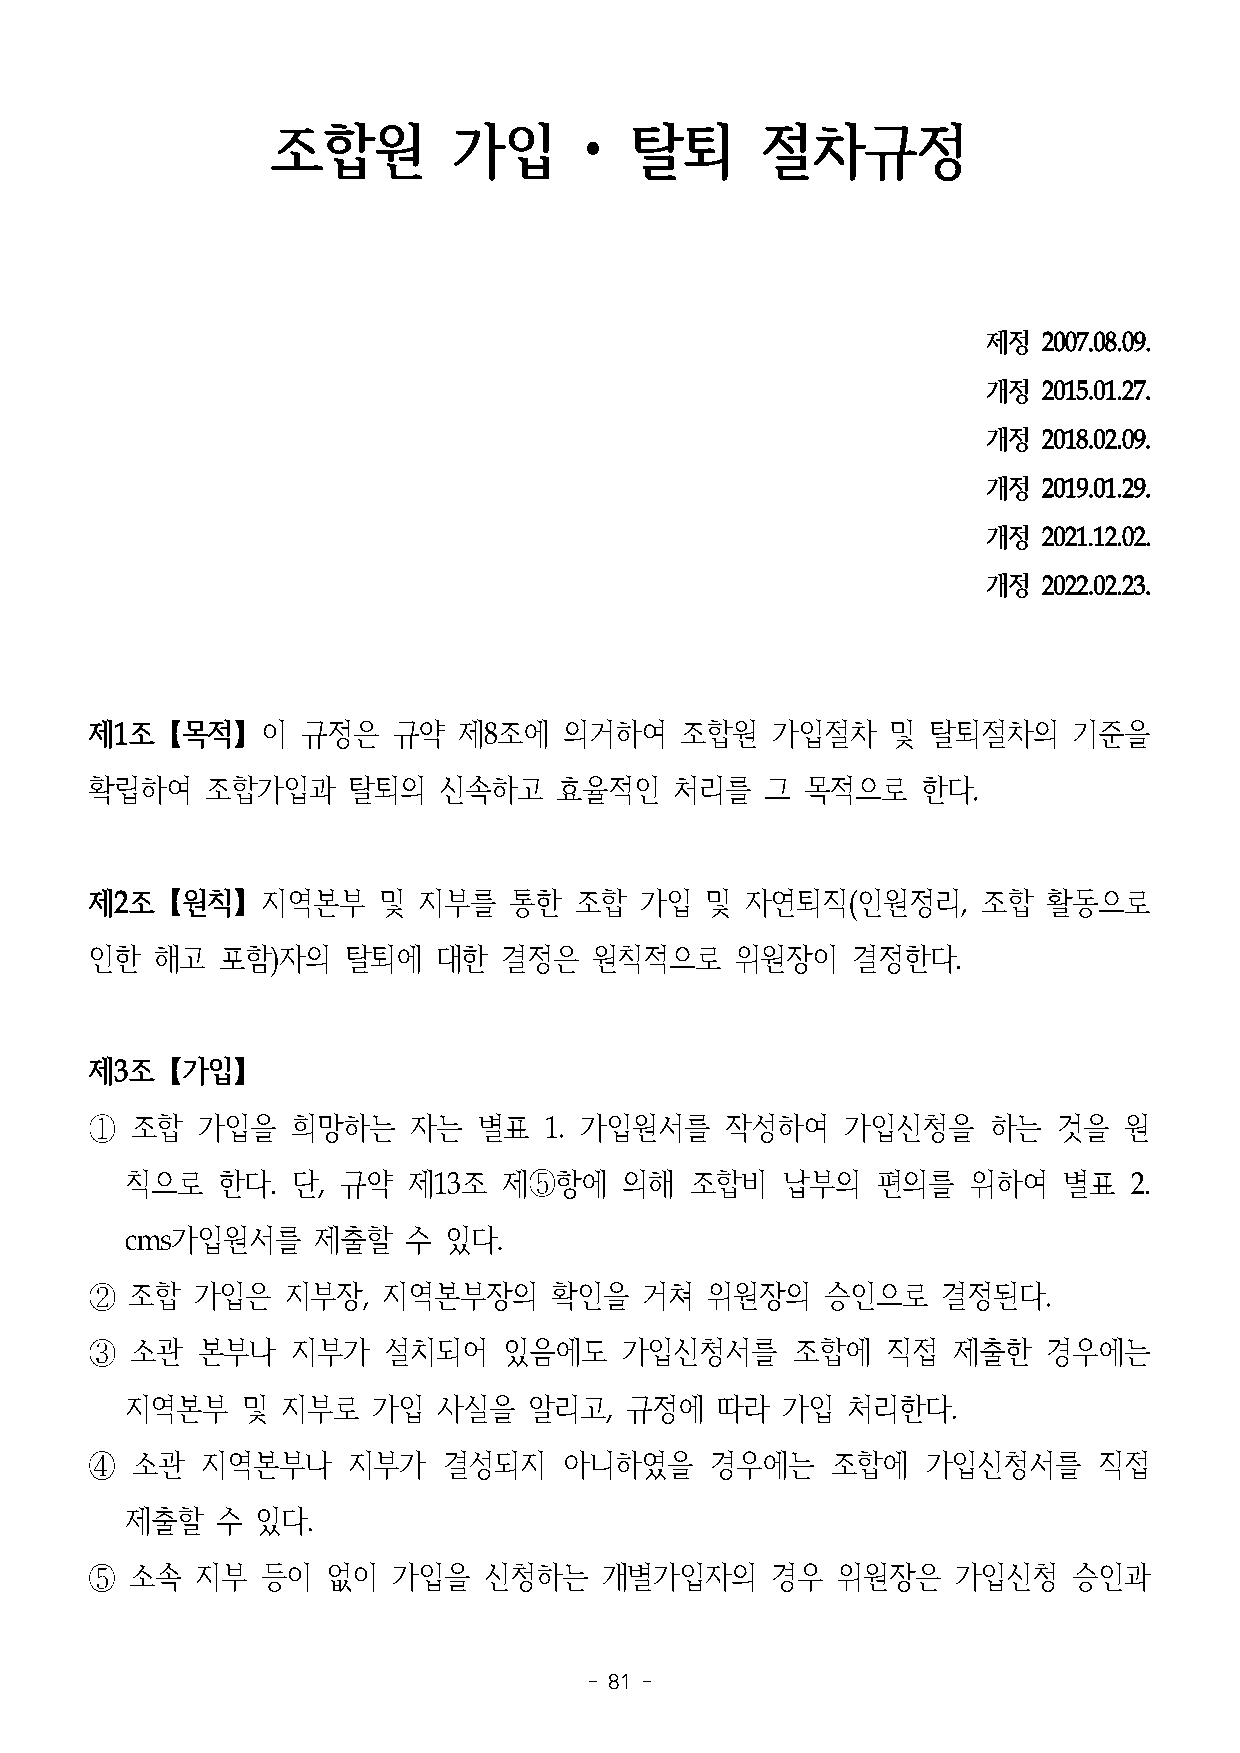
조합원         가입       •  탈퇴      절차규정
 제정  2007.08.09.
 개정  2015.01.27.
 개정  2018.02.09.
 개정  2019.01.29.
 개정  2021.12.02.
 개정  2022.02.23.
 제1조【목적】이      규정은   규약  제8조에   의거하여    조합원   가입절차    및 탈퇴절차의     기준을
 확립하여    조합가입과    탈퇴의   신속하고    효율적인    처리를   그 목적으로    한다.
 제2조【원칙】지역본부        및  지부를   통한  조합  가입   및 자연퇴직(인원정리,      조합  활동으로
 인한  해고  포함)자의    탈퇴에   대한  결정은   원칙적으로     위원장이   결정한다.
 제3조【가입】
 ①  조합  가입을   희망하는    자는   별표  1. 가입원서를    작성하여    가입신청을    하는   것을  원
 칙으로   한다.  단,  규약  제13조  제⑤항에    의해   조합비   납부의   편의를   위하여   별표   2.
 cms가입원서를     제출할   수 있다.
 ②  조합  가입은   지부장,  지역본부장의     확인을   거쳐   위원장의    승인으로   결정된다.
 ③  소관  본부나   지부가   설치되어    있음에도    가입신청서를     조합에    직접  제출한   경우에는
 지역본부    및  지부로   가입  사실을   알리고,  규정에   따라   가입  처리한다.
 ④  소관  지역본부나     지부가   결성되지    아니하였을     경우에는    조합에   가입신청서를      직접
 제출할   수  있다.
 ⑤  소속  지부  등이   없이  가입을   신청하는    개별가입자의     경우  위원장은    가입신청    승인과
 - 81 -